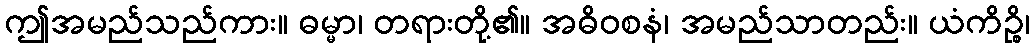
ဤအမည်သည်ကား။ ဓမ္မာ၊ တရားတို့၏။ အဓိဝစနံ၊ အမည်သာတည်း။ ယံကိဉ္စိ၊